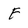
Character: F